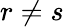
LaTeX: r\ne s